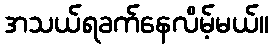
အသယ်ရခက်နေလိမ့်မယ်။